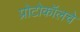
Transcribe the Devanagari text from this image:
प्रोटोकॉलचे